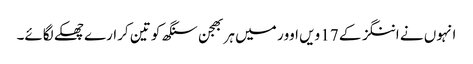
انہوں نے اننگز کے 17 ویں اوور میں ہربھجن سنگھ کو تین کرارے چھکے لگائے۔